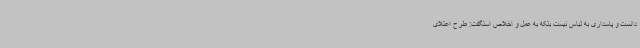
دانست و پاسداری به لباس نیست بلکه به عمل و اخلاص استگفت: طرح اعتلای